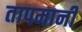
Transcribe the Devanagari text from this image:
तापमानी